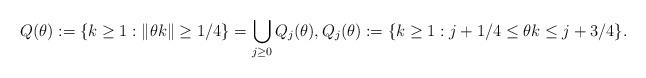
LaTeX: \begin{align*} Q(\theta) := \{ k\ge 1: \lVert \theta k\rVert \ge 1/4\} = \bigcup_{j\ge 0} Q_j(\theta), Q_j(\theta) := \{k\ge 1: j+1/4 \le \theta k \le j+3/4\}.\end{align*}